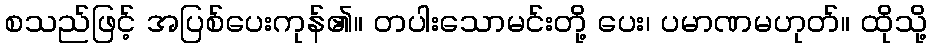
စသည်ဖြင့် အပြစ်ပေးကုန်၏။ တပါးသောမင်းတို့ ပေး၊ ပမာဏမဟုတ်။ ထိုသို့